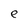
Character: e